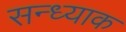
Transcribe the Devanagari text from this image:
सन्ध्याक